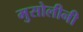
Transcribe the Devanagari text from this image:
मुसोलीनी